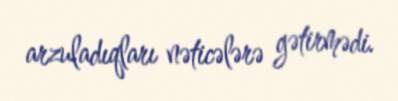
arzuladıqları nəticələrə gətirmədi.